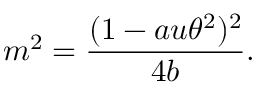
m ^ { 2 } = \frac { ( 1 - a u \theta ^ { 2 } ) ^ { 2 } } { 4 b } .